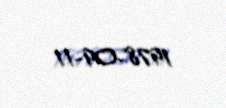
1978-09-11